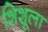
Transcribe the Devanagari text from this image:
शिशूला